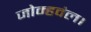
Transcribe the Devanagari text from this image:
जोम्हवंल।